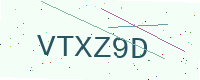
Text: VTXZ9D